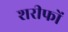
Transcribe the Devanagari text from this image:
शरीफों